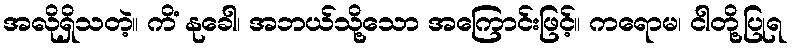
အလိုရှိသတဲ့။ ကိံ နုခေါ၊ အဘယ်သို့သော အကြောင်းဖြင့်။ ကရောမ၊ ငါတို့ပြုရ